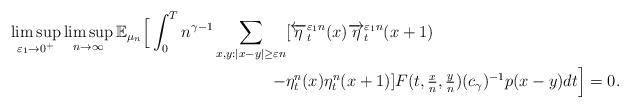
LaTeX: \begin{align*} \limsup_{\varepsilon_1 \rightarrow 0^{+}} \limsup_{n \rightarrow \infty} \mathbb{E}_{\mu_n} \Big[ \int_0^T n^{\gamma-1} \sum_{x,y:|x-y| \geq \varepsilon n} & [ \overleftarrow{\eta}_t^{\varepsilon_1 n} (x) \overrightarrow{\eta}_t^{\varepsilon_1 n} (x+1) \\ -& \eta_t^n(x) \eta_t^n(x+1) ] F(t, \tfrac{x}{n}, \tfrac{y}{n}) (c_{\gamma} )^{-1} p (x-y) dt \Big] =0.\end{align*}